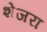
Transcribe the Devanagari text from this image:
शेजरा